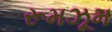
રૂમઝૂમ